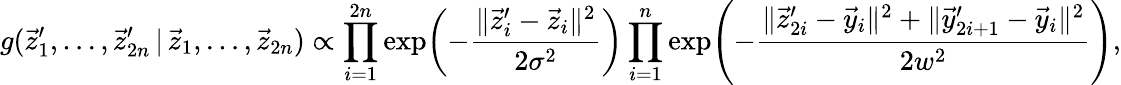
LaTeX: g(\vec{z}_{1}^{\prime},\dots,\vec{z}_{2n}^{\prime}\, |\, \vec{z}_{1},\dots,\vec{z}_{2n})\propto\prod_{i=1}^{2n}\exp\! \left(-\frac{\lVert\vec{z}_{i}^{\prime}-\vec{z}_{i}\rVert^{2}}{2\sigma^{2}}\right)\prod_{i=1}^{n}\exp\! \left(-\frac{\lVert\vec{z}_{2i}^{\prime}-\vec{y}_{i}\rVert^{2}+\lVert\vec{y}_{2i+1}^{\prime}-\vec{y}_{i}\rVert^{2}}{2w^{2}}\right),